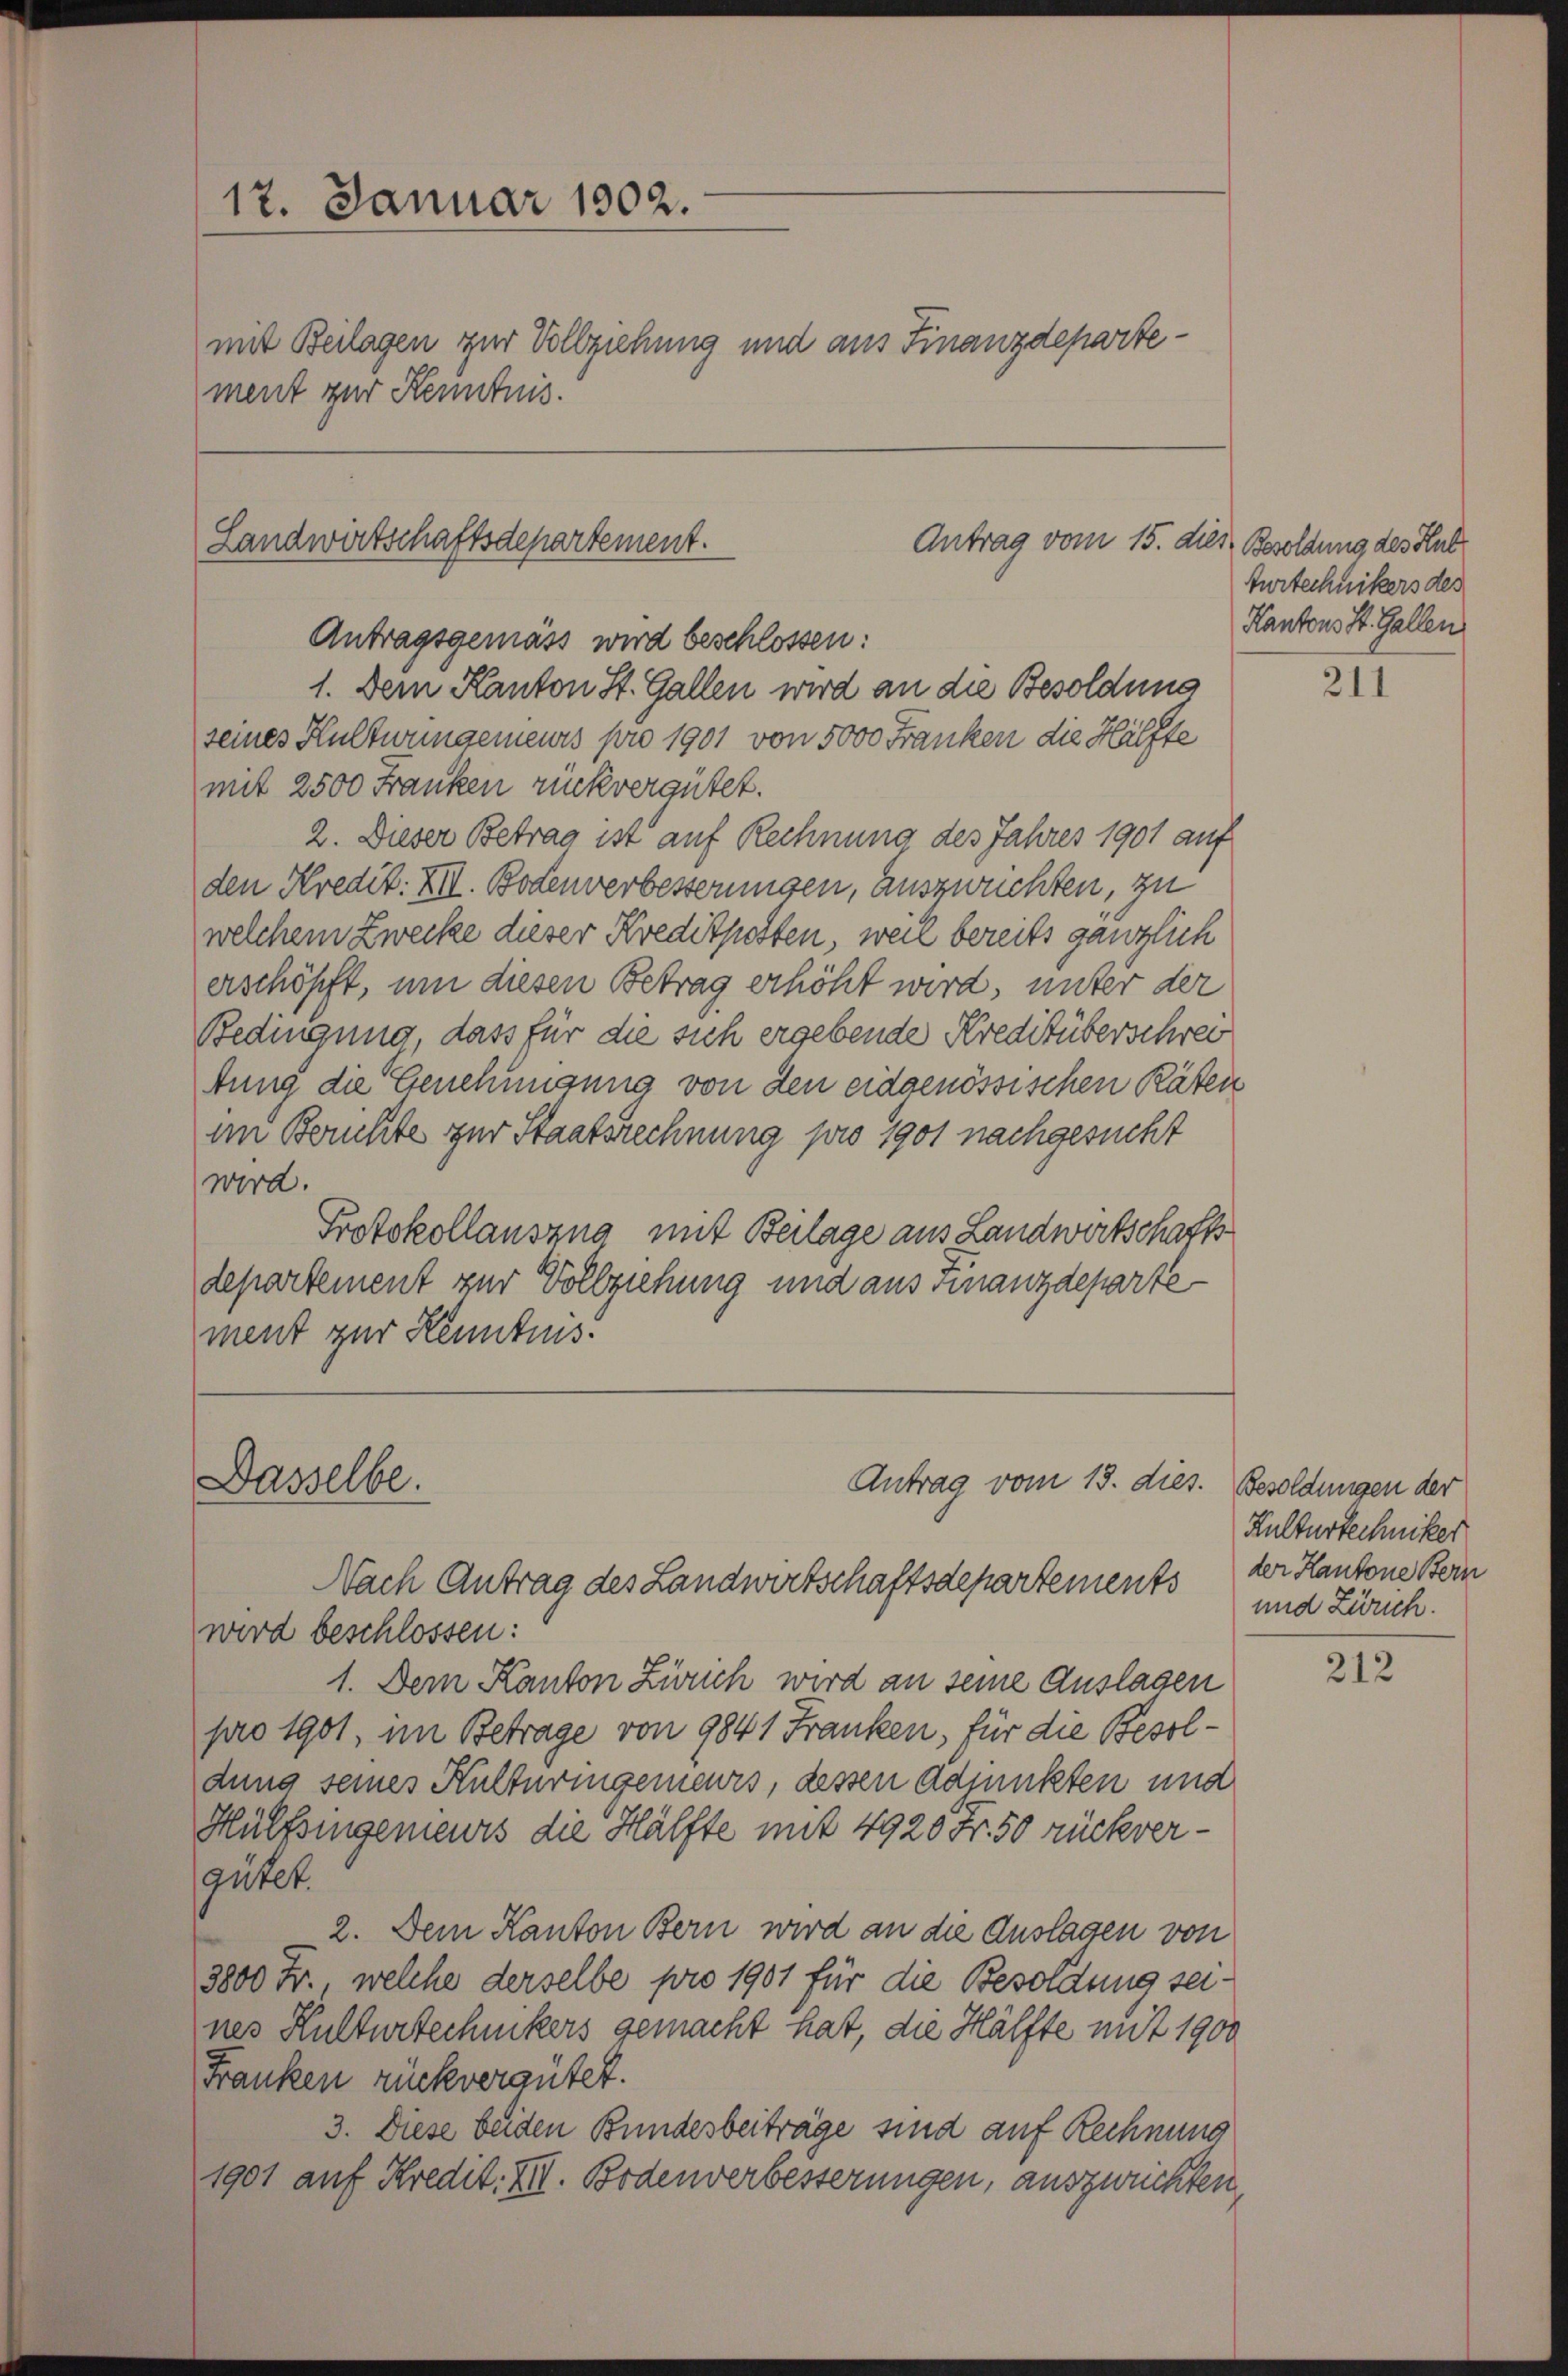
12. Januar 1902.
mit Beilagen zur Vollziehung und aus Finanzdepartement zur Kenntnis.

Landwirtschaftsdepartement.
Antrag vom 15. dies Besoldung des Hul

Antragsgemäss wird beschlossen:
1. Dem Kanton St. Gallen wird an die Besoldung
seines Hultwungenieurs pro 1901 von 5000 Franken die Hälfte
mit 2500 Franken rückvergütet.
2. Dieser Betrag ist auf Rechnung des Jahres 1901 auf
den Kredit. XII. Bodenverbesserungen, auszwuchten, zu
welchem Zwecke dieser Kreditposten, weil bereits gänzlich
erschöpft, um diesen Betrag erhöht wird, unter der
Bedingung, dass für die sich ergebende Kreditüberschrei
tung die Genehmigung von den eidgenössischen Räten
im Beruhte zur Staatsrechnung pro 1901 nachgesucht
wird.
Protokollauszug mit Beilage aus Landwirtschaftsdepartement zur Vollziehung und aus Finanzdepartement zur Kenntnis.

Dasselbe.

Antrag vom 15. dies. Besoldungen der

Turtechnikers des
Kantons St. Gallen

Nach Antrag des Landwirtschaftsdepartements der Kantone Bern
wird beschlossen:
1. Dem Kanton Zürich wird an seine Auslagen
pro 1901, im Betrage von 9841 Franken, für die Besoldung seines Kulturingeneurs, dessen Adjunkten und
Hülfsingenieurs die Hälfte mit 4920 Fr. 50 rückvergütet.
2. Dem Kanton Bern wird an die Auslagen von
3800 Fr., welche derselbe pro 1901 für die Besoldung seines Kulturtechnikers gemacht hat, die Hälfte mit 1900
Franken rückvergütet.
3. Diese beiden Bundesbeiträge sind auf Rechnung
1901 auf Kredit. XII. Bodenverbesserungen, auszurichten,

211

Kulturtechniker
und Zürich.

212